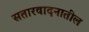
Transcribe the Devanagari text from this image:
सतारवादनातील